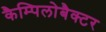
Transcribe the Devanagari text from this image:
कैम्पिलोबैक्टर